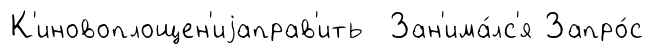
К'иновоплощен'иjаправ'ить Зан'има́лс'я Запро́с